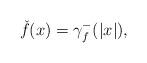
LaTeX: \begin{align*}\check{f}(x)=\gamma _{f}^{-}(|x|), \end{align*}